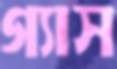
গ্যাস